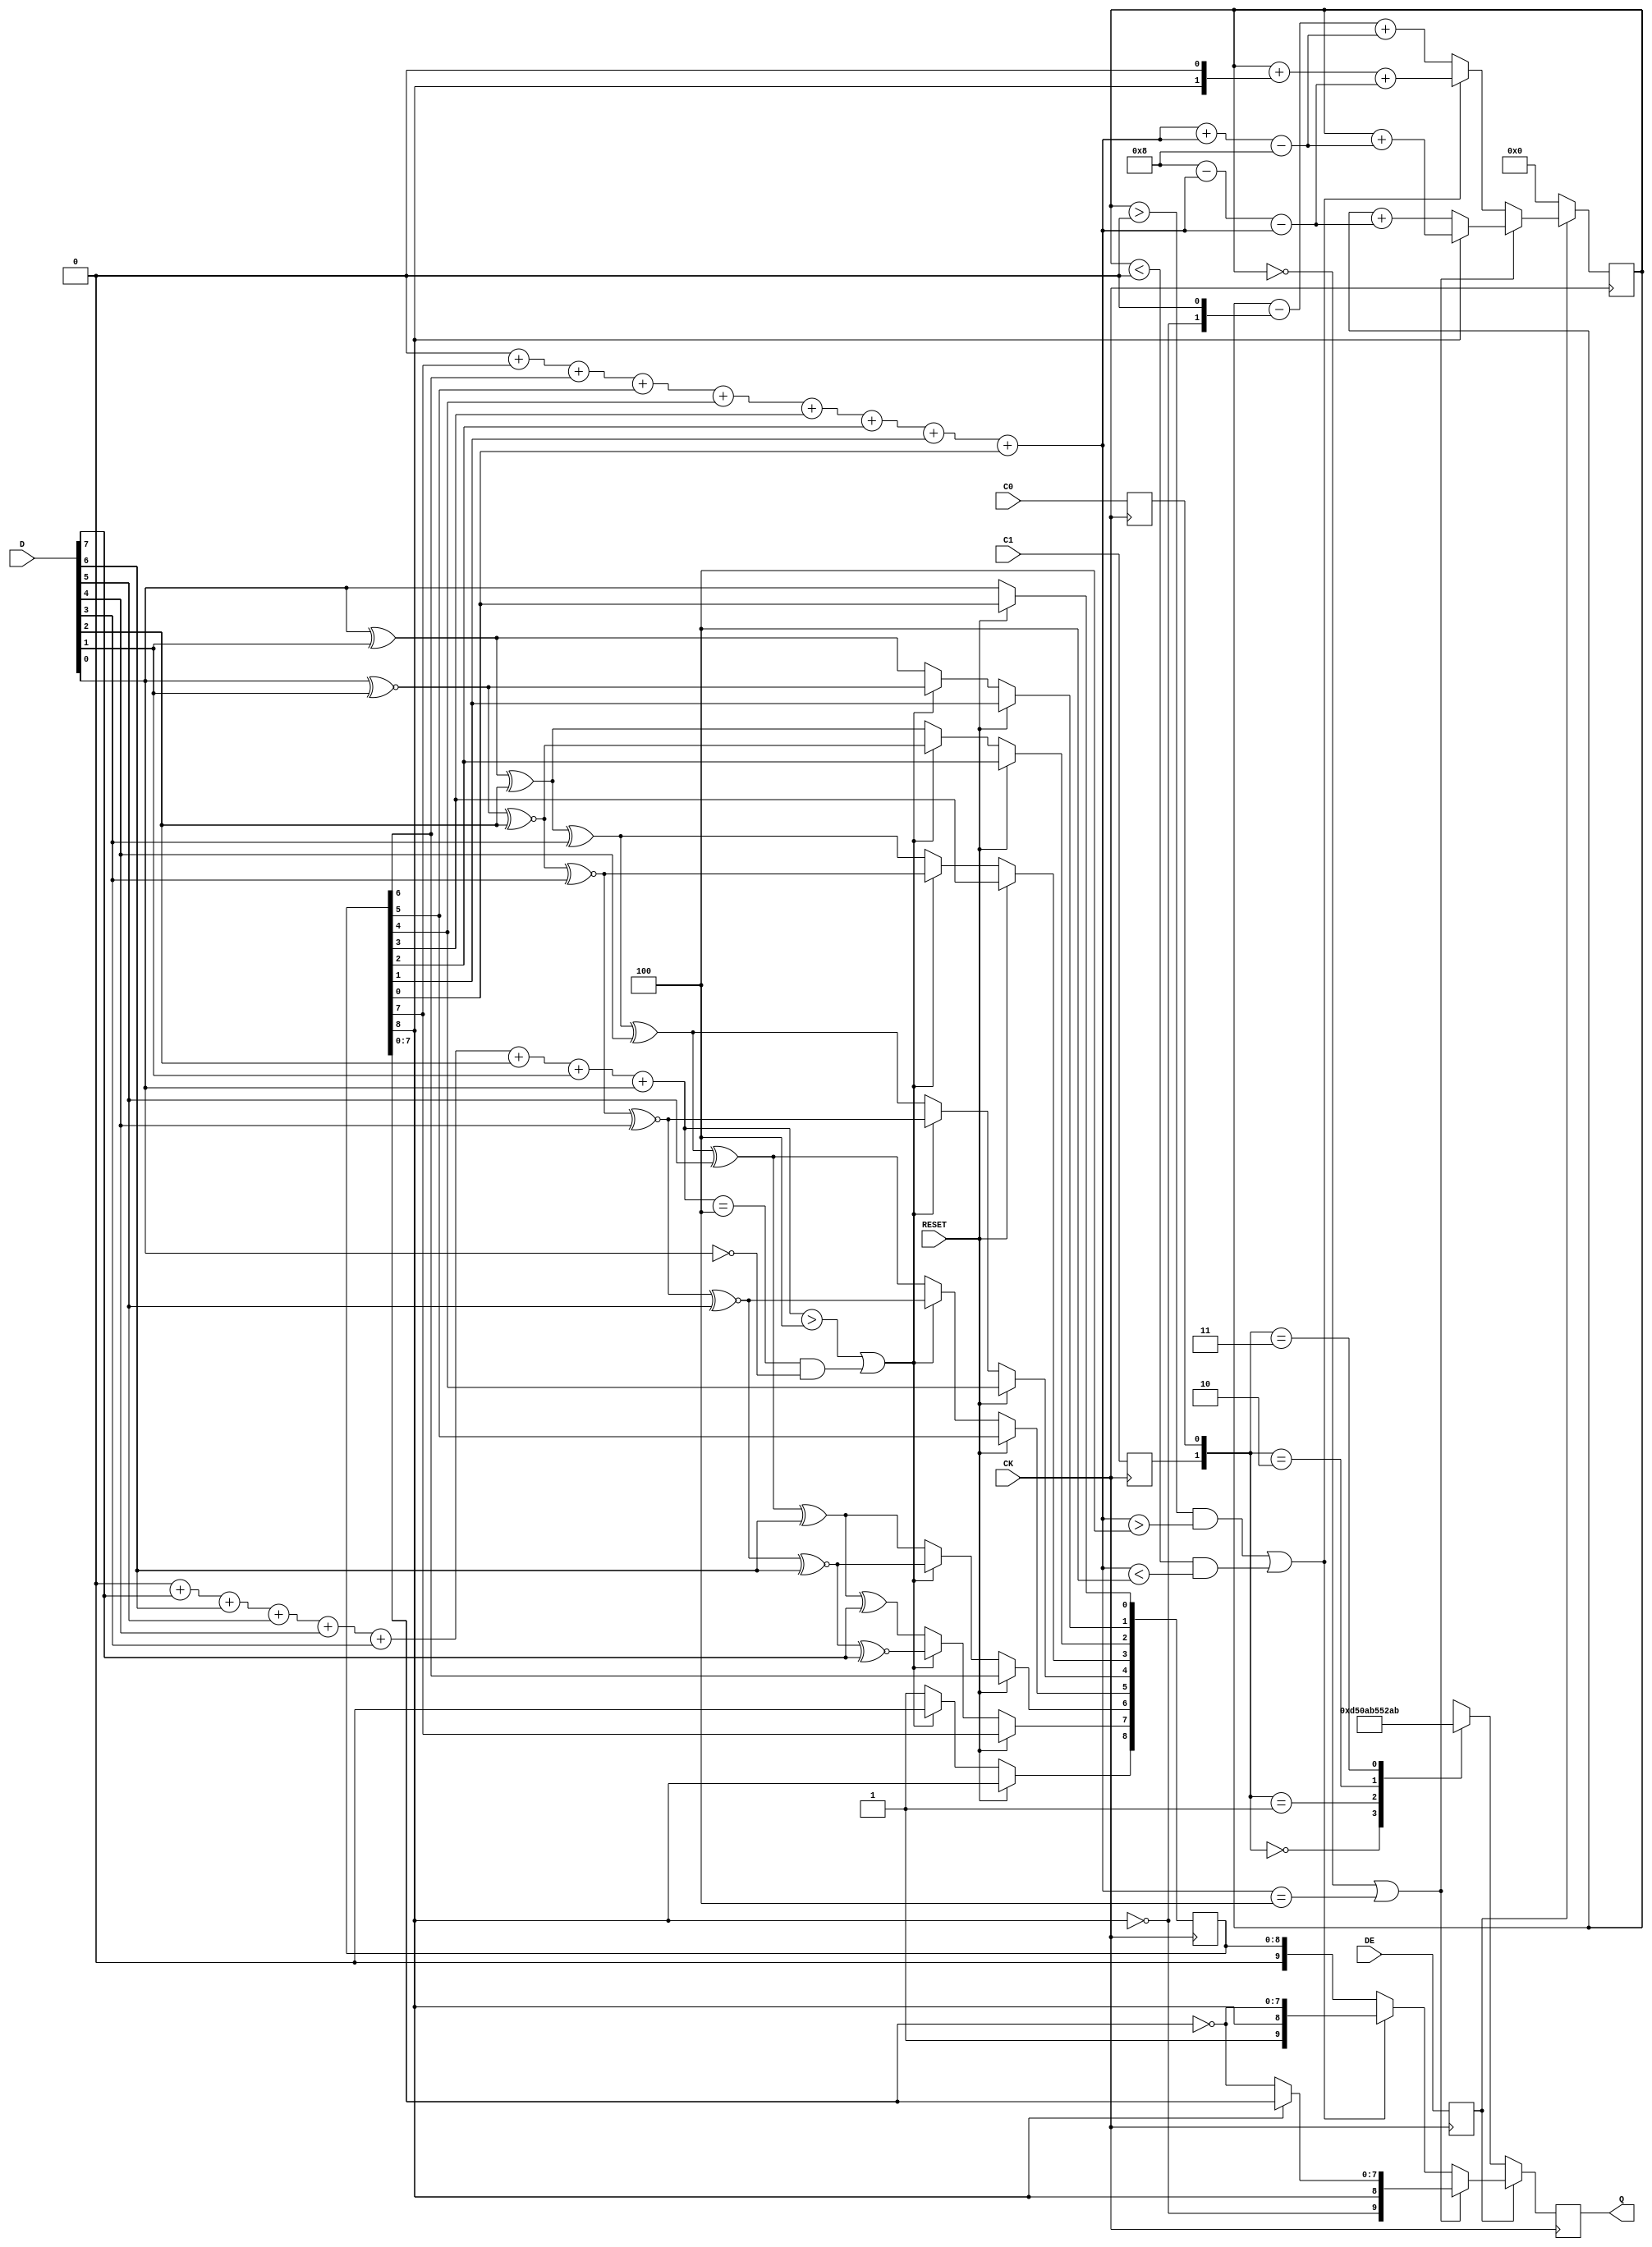
module tmds_encoder #(
	parameter RESET_LEVEL = 1
)(
	input wire RESET,
	input wire CK,
	input wire DE,
	input wire C1,
	input wire C0,
	input wire [7:0] D,
	output reg [9:0] Q
);

	wire [3:0] N1_D = 4'd0 +D[7]+D[6]+D[5]+D[4]+D[3]+D[2]+D[1]+D[0] ;
	reg  [8:0] q_m;
	reg signed [4:0] cnt;
	reg  de_m, c0_m, c1_m;
	wire [4:0] N1_QM = 5'd0 +q_m[7]+q_m[6]+q_m[5]+q_m[4]+q_m[3]+q_m[2]+q_m[1]+q_m[0];
	
	//stage1
	always @ (posedge CK) begin
	if(RESET == RESET_LEVEL) begin
		de_m <= 1'b0;
		c0_m <= 1'b0;
		c1_m <= 1'b0;
	end else if((N1_D>4'd4)||((N1_D==4'd4)&&(!D[0]))) begin
	//      if(1) begin
		q_m[0] <= D[0];
		q_m[1] <= D[0]~^D[1];
		q_m[2] <= D[0]~^D[1]~^D[2];
		q_m[3] <= D[0]~^D[1]~^D[2]~^D[3];
		q_m[4] <= D[0]~^D[1]~^D[2]~^D[3]~^D[4];
		q_m[5] <= D[0]~^D[1]~^D[2]~^D[3]~^D[4]~^D[5];
		q_m[6] <= D[0]~^D[1]~^D[2]~^D[3]~^D[4]~^D[5]~^D[6];
		q_m[7] <= D[0]~^D[1]~^D[2]~^D[3]~^D[4]~^D[5]~^D[6]~^D[7];
		q_m[8] <=1'b0;
		end else begin
		q_m[0] <= D[0];
		q_m[1] <= D[0]^D[1];
		q_m[2] <= D[0]^D[1]^D[2];
		q_m[3] <= D[0]^D[1]^D[2]^D[3];
		q_m[4] <= D[0]^D[1]^D[2]^D[3]^D[4];
		q_m[5] <= D[0]^D[1]^D[2]^D[3]^D[4]^D[5];
		q_m[6] <= D[0]^D[1]^D[2]^D[3]^D[4]^D[5]^D[6];
		q_m[7] <= D[0]^D[1]^D[2]^D[3]^D[4]^D[5]^D[6]^D[7];
		q_m[8] <=1'b1;
		end //if
		de_m <= DE;
		c0_m <= C0;
		c1_m <= C1;
	end
	
	always @ (posedge CK) begin
		if(!de_m) begin
		cnt <= 5'sd0;
		case({c1_m,c0_m})
			2'b00 : Q <= 10'b1101010100;
			2'b01 : Q <= 10'b0010101011;
			2'b10 : Q <= 10'b0101010100;
			2'b11 : Q <= 10'b1010101011;
		endcase
		end else begin
		if((cnt==5'sd0)||(N1_QM==5'd4)) begin
			Q <= {~q_m[8], q_m[8], q_m[8]?q_m[7:0]:~q_m[7:0]};
			if(q_m[8]) begin
			cnt <= cnt + (N1_QM+N1_QM-5'd8);
			end else begin 
			cnt <= cnt + (5'd8-N1_QM-N1_QM);
			end
		end else if(((cnt>5'sd0)&&(N1_QM>5'd4))||((cnt<5'sd0)&&(N1_QM<5'd4))) begin
			Q <= {1'b1, q_m[8], ~q_m[7:0]};
			cnt <= cnt + {3'b0,q_m[8],1'b0} + (5'd8-N1_QM-N1_QM);
		end else begin
			Q <= {1'b0, q_m[8], q_m[7:0]};
			cnt <= cnt - {3'b0,~q_m[8],1'b0} + (N1_QM+N1_QM-5'd8);
		end
		end
	end
endmodule